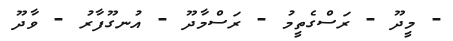
- މީދޫ - ރަސްގެތީމު - ރަސްމާދޫ - އުނގޫފާރު - ވާދޫ